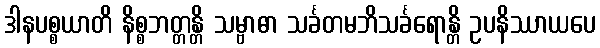
ဒါနပစ္စယာတိ နိစ္စဘတ္တန္တိ သမ္ဗာဓာ သင်္ခတမဘိသင်္ခရောန္တိ ဥပနိဿာယပေ